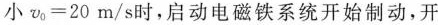
小$$v_{0}=20m/s$$时，启动电磁铁系统开始制动，开